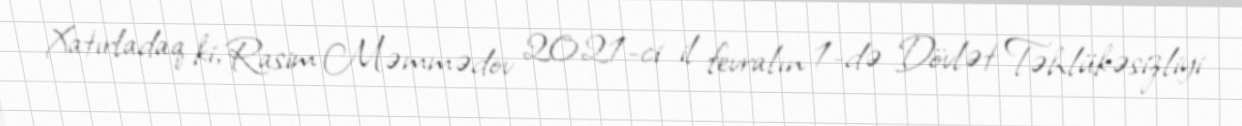
Xatırladaq ki, Rasim Məmmədov 2021-ci il fevralın 1-də Dövlət Təhlükəsizliyi